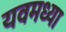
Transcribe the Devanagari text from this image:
यवमध्या